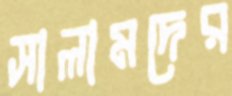
সালামদের